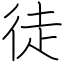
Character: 徒